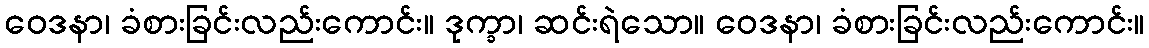
ဝေဒနာ၊ ခံစားခြင်းလည်းကောင်း။ ဒုက္ခာ၊ ဆင်းရဲသော။ ဝေဒနာ၊ ခံစားခြင်းလည်းကောင်း။